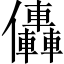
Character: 𠑭